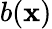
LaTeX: b(\mathbf x)